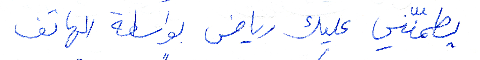
يطمّنني عليك رياض بواسطة الهاتف